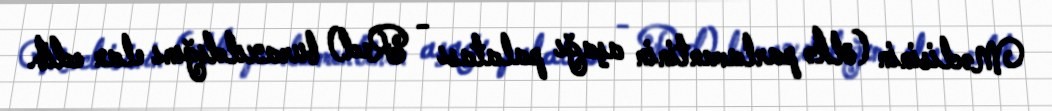
Məclisinin (ölkə parlamentinin aşağı palatası - Red) buraxıldığını elan edib.